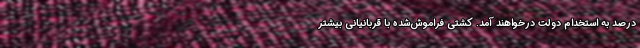
درصد به استخدام دولت درخواهند آمد. کشتی فراموش‌شده با قربانیانی بیشتر